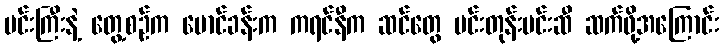
မင်းကြီးနဲ့ တွေ့စဉ်က မောင်ခန်းက ကရင်နီက ဆင်တွေ မင်းတုန်းမင်းဆီ ဆက်ဖို့အကြောင်း